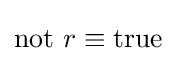
\mathrm {not} ~r\equiv \mathrm {true}